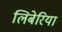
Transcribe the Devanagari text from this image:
लिबेरिया